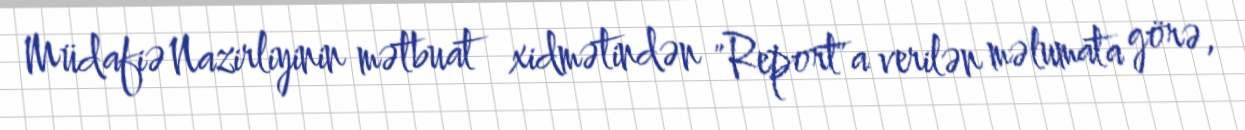
Müdafiə Nazirliyinin mətbuat xidmətindən "Report"a verilən məlumata görə,